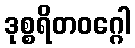
ဒုစ္စရိတဝဂ္ဂေါ